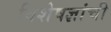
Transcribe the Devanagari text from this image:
विशेषज्ञांची